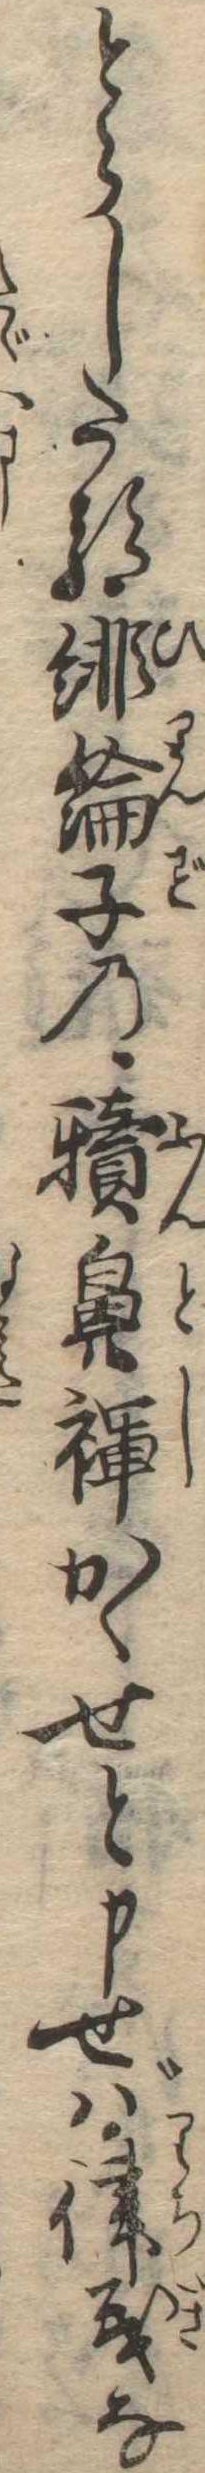
とらしたる緋綸子の犢鼻褌かゝせと申せば律義な